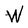
Character: W